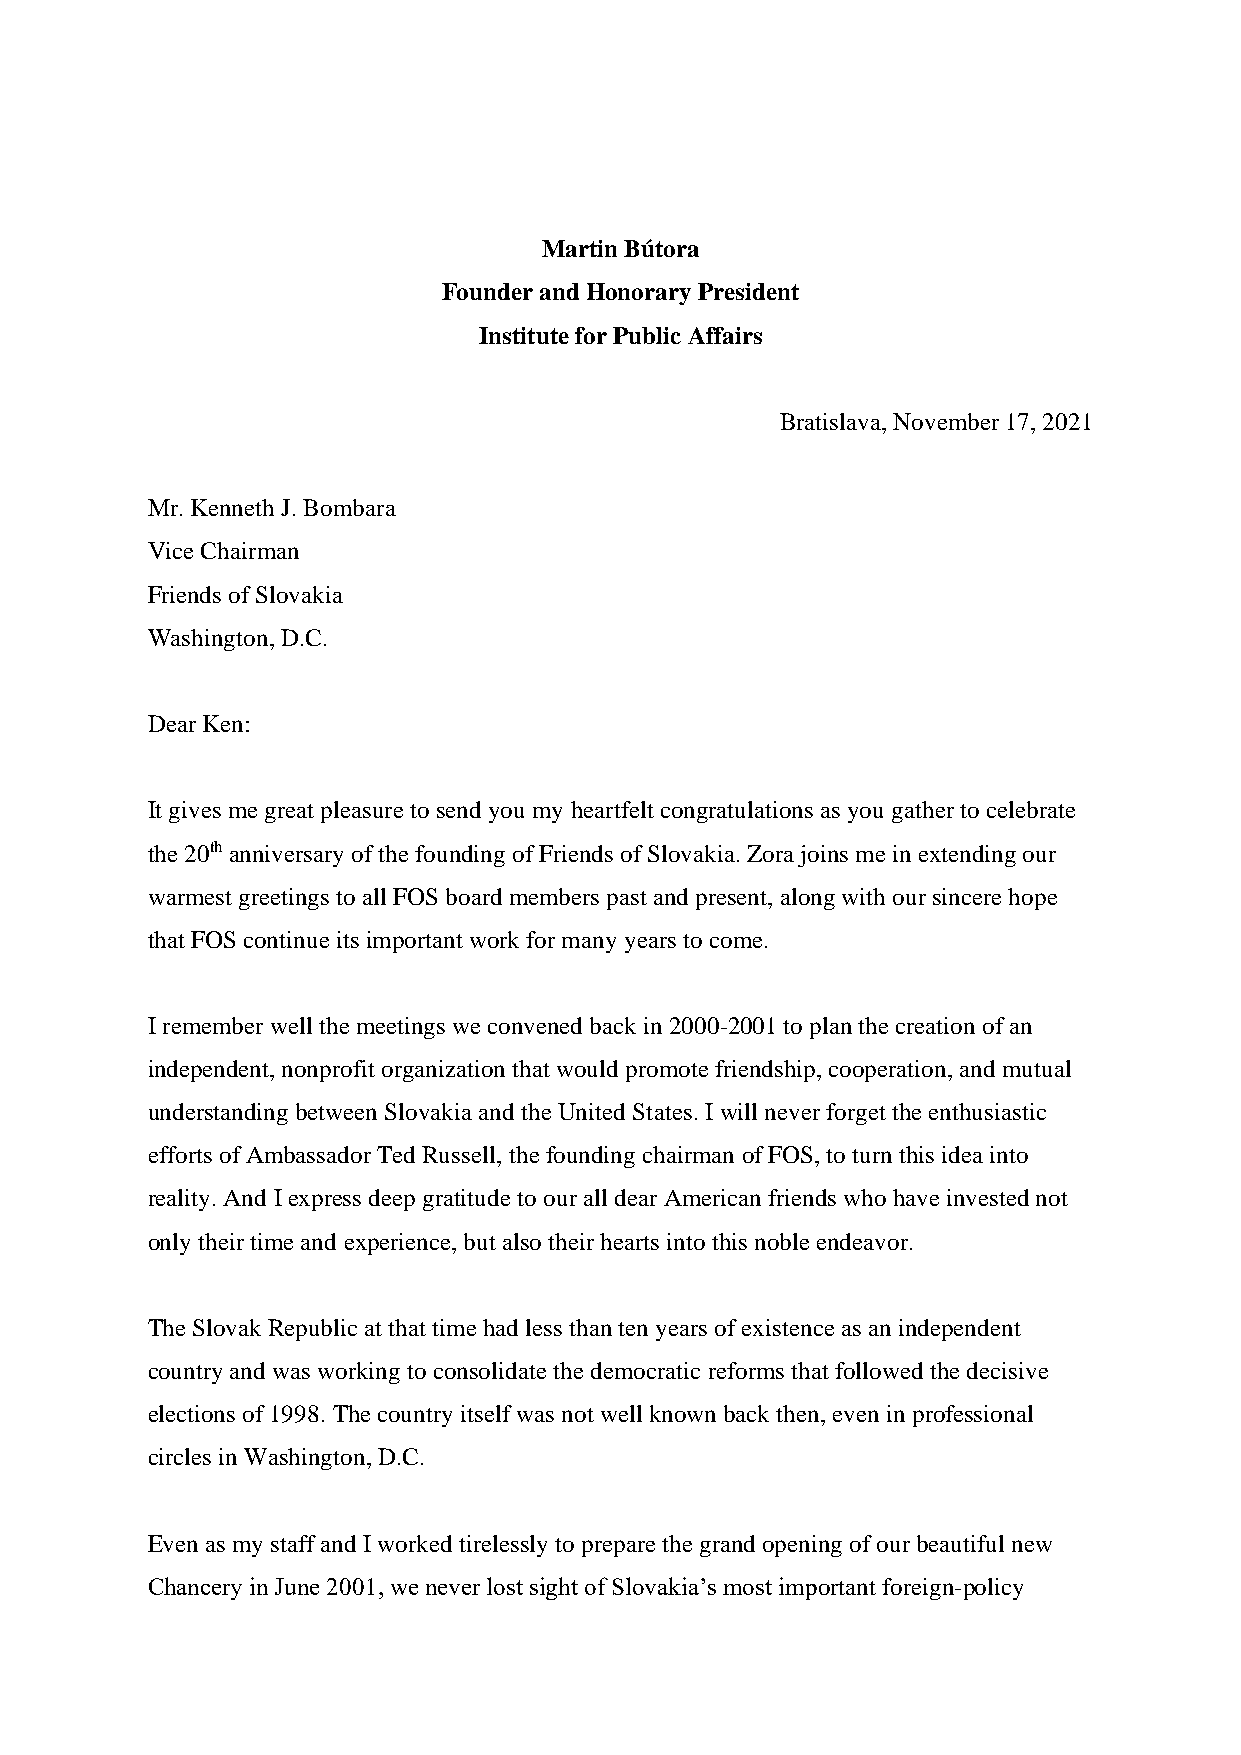
Martin Bútora
 Founder and Honorary President
 Institute for Public Affairs
 Bratislava, November 17, 2021
 Mr. Kenneth J. Bombara
 Vice Chairman
 Friends of Slovakia
 Washington, D.C.
 Dear Ken:
 It gives me great pleasure to send you my heartfelt congratulations as you gather to celebrate
 the 20th anniversary of the founding of Friends of Slovakia. Zora joins me in extending our
 warmest greetings to all FOS board members past and present, along with our sincere hope
 that FOS continue its important work for many years to come.
 I remember well the meetings we convened back in 2000-2001 to plan the creation of an
 independent, nonprofit organization that would promote friendship, cooperation, and mutual
 understanding between Slovakia and the United States. I will never forget the enthusiastic
 efforts of Ambassador Ted Russell, the founding chairman of FOS, to turn this idea into
 reality. And I express deep gratitude to our all dear American friends who have invested not
 only their time and experience, but also their hearts into this noble endeavor.
 The Slovak Republic at that time had less than ten years of existence as an independent
 country and was working to consolidate the democratic reforms that followed the decisive
 elections of 1998. The country itself was not well known back then, even in professional
 circles in Washington, D.C.
 Even as my staff and I worked tirelessly to prepare the grand opening of our beautiful new
 Chancery in June 2001, we never lost sight of Slovakia’s most important foreign-policy